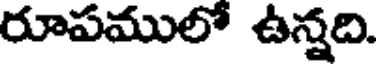
రూపములో ఉన్నది.